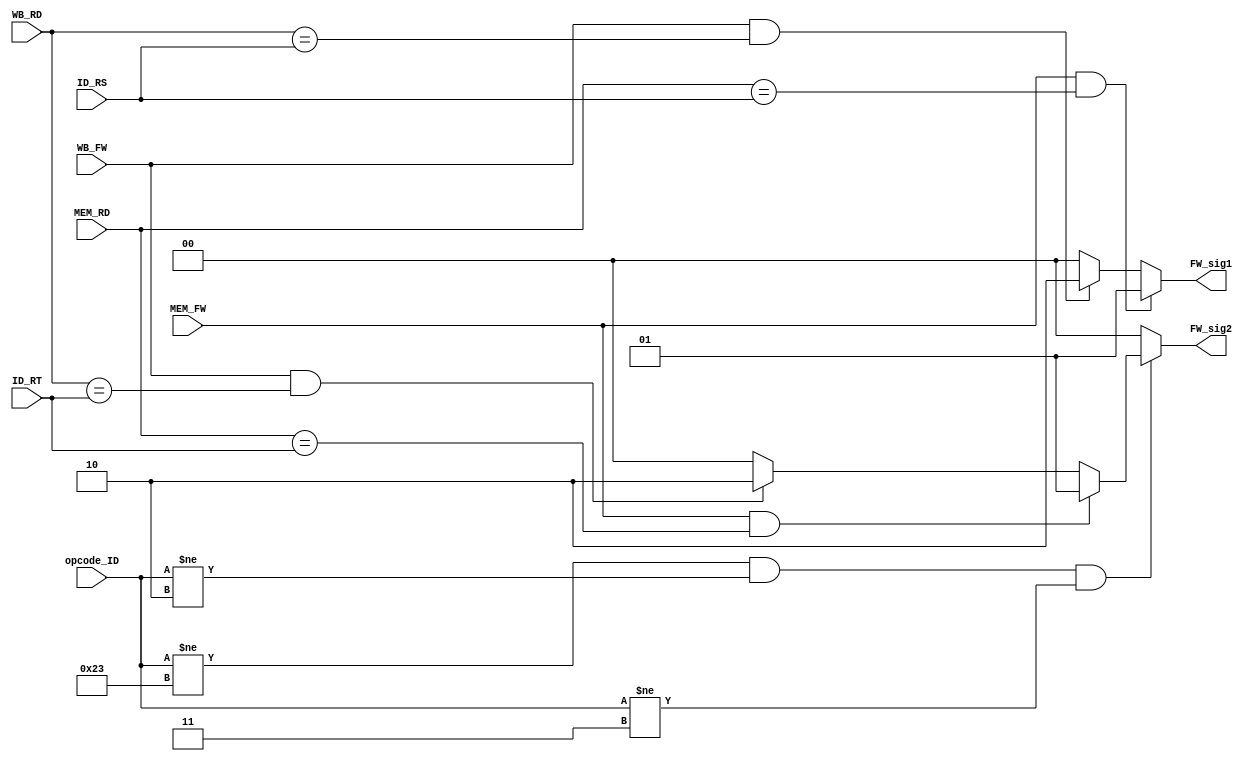
//Consider double data hazard!
//Only Branch forwarding > ALL need!! because WB timing is later than ID
module Forwarding_Unit_ID (
	input [5:0] opcode_ID,
	input [4:0] ID_RS, ID_RT,
	input [4:0] MEM_RD, WB_RD,
	input MEM_FW, WB_FW,
	output [1:0] FW_sig1,
	output [1:0] FW_sig2
);
	//assign FW_sig1 = ((opcode_ID == 6'b000100)||(opcode_ID ==6'b000101)) ? ((MEM_FW &&(MEM_RD == ID_RS)) ? (2'b01) : (
	//	(WB_FW&&(WB_RD == ID_RS)) ? (2'b10) : (2'b00))) : (WB_FW&&(WB_RD == ID_RT) ? 2'b10 : 2'b00);
	//assign FW_sig2 = ((opcode_ID == 6'b000100)||(opcode_ID ==6'b000101)) ? ((MEM_FW &&(MEM_RD == ID_RT)) ? (2'b01) : (
	//	(WB_FW&&(WB_RD == ID_RT)) ? (2'b10) : (2'b00))) : (WB_FW&&(WB_RD == ID_RT) ? 2'b10 : 2'b00);

	assign FW_sig1 = (MEM_FW &&(MEM_RD == ID_RS)) ? (2'b01) : (
		(WB_FW&&(WB_RD == ID_RS)) ? 2'b10 : 2'b00 );

	assign FW_sig2 = ((opcode_ID!=6'b100011)&&(opcode_ID!=6'b000010)&&(opcode_ID!=6'b000011)) ? (
	(MEM_FW &&(MEM_RD == ID_RT)) ? (2'b01) : ( (WB_FW&&(WB_RD == ID_RT)) ? 2'b10 : 2'b00 )) : (2'b00) ;


	//assign FW_sig2 = (MEM_FW &&(MEM_RD == ID_RT)&&FW_sig2) ? (2'b01) : (
		//(WB_FW&&(WB_RD == ID_RT)&&((opcode_ID=6'b000000)||(opcode_ID=6'b000100)||(opcode_ID=6'b000101))) ? 2'b10 : 2'b00 );

	//Register Saving timing(WB) is later than Reading Resister(ID)
	//Therefore need WB forwarding
endmodule